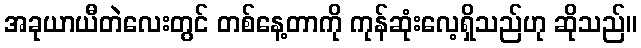
အခုယာယီတဲလေးတွင် တစ်နေ့တာကို ကုန်ဆုံးလေ့ရှိသည်ဟု ဆိုသည်။